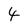
Character: 4